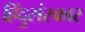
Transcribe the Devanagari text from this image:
हिंदुसंस्कार